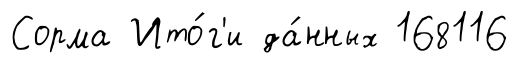
Сорма Ито́г'и да́нных 168116